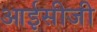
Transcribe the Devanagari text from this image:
आईसीजी